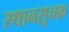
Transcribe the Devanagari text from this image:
स्थानसूचक